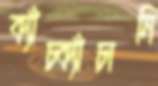
ক্যাঁচ্‌ক্যাঁচানি